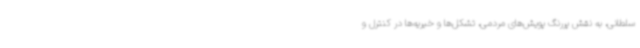
سلطانی، به نقش پررنگ پویش‌های مردمی، تشکل‌ها و خیریه‌ها در کنترل و